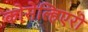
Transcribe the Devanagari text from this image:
कोसेल्हिएरो